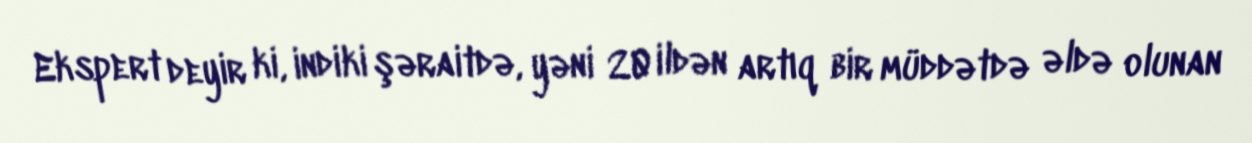
Ekspert deyir ki, indiki şəraitdə, yəni 20 ildən artıq bir müddətdə əldə olunan